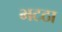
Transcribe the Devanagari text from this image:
भटठा